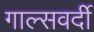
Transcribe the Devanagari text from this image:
गाल्‍सवर्दी